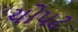
ચોપટ